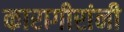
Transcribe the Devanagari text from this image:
कारागीरांनी